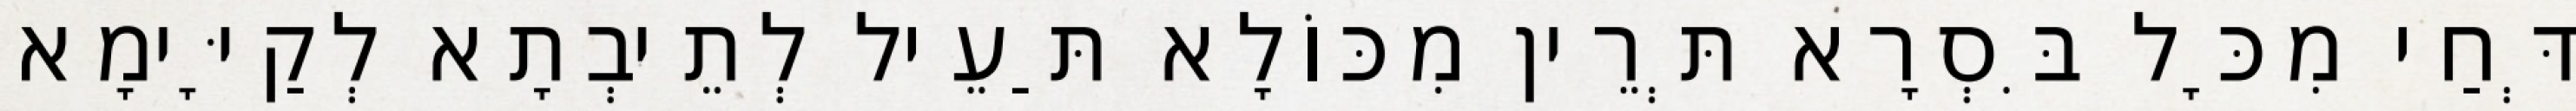
דְּחַי מִכָּל בִּסְרָא תְּרֵין מִכּוֹלָא תַּעֵיל לְתֵיבְתָא לְקַיָּימָא